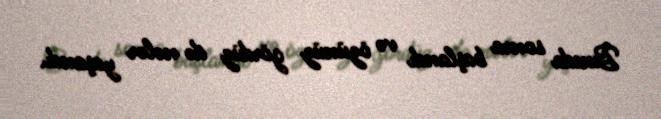
Bunda sonra başlandı və özünüz gördüz də nələr yaşandı.